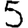
Digit: 5